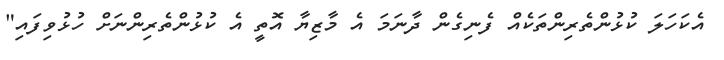
އެކަހަލަ ކުޅުންތެރިންތަކެއް ފެނިގެން ދާނަމަ އެ މާޒިޔާ އޮތީ އެ ކުޅުންތެރިންނަށް ހުޅުވިފައި"